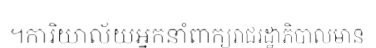
។ការិយាល័យអ្នកនាំពាក្យរាជរដ្ឋាភិបាលមាន